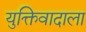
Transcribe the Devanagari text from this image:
युक्तिवादाला